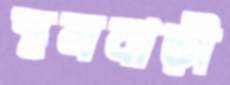
স্থলবাড়ী